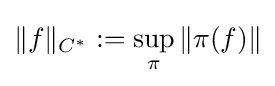
\|f\|_{C^{*}}:=\sup _{\pi }\|\pi (f)\|